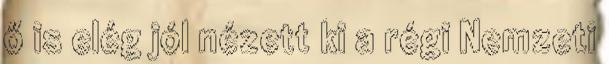
ő is elég jól nézett ki a régi Nemzeti